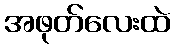
အဖုတ်လေးထဲ